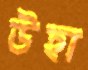
উহা